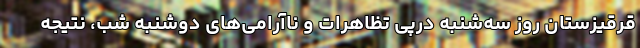
قرقیزستان روز سه‌شنبه درپی تظاهرات و ناآرامی‌های دوشنبه شب، نتیجه